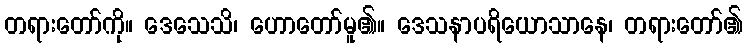
တရားတော်ကို။ ဒေသေသိ၊ ဟောတော်မူ၏။ ဒေသနာပရိယောသာနေ၊ တရားတော်၏